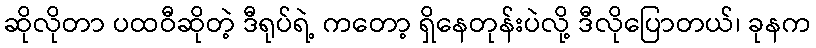
ဆိုလိုတာ ပထဝီဆိုတဲ့ ဒီရုပ်ရဲ့ ကတော့ ရှိနေတုန်းပဲလို့ ဒီလိုပြောတယ်၊ ခုနက